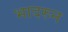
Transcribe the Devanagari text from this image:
भादरुन